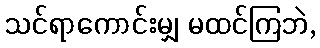
သင်ရာကောင်းမျှ မထင်ကြဘဲ,